Annual report of the Madras Medical College
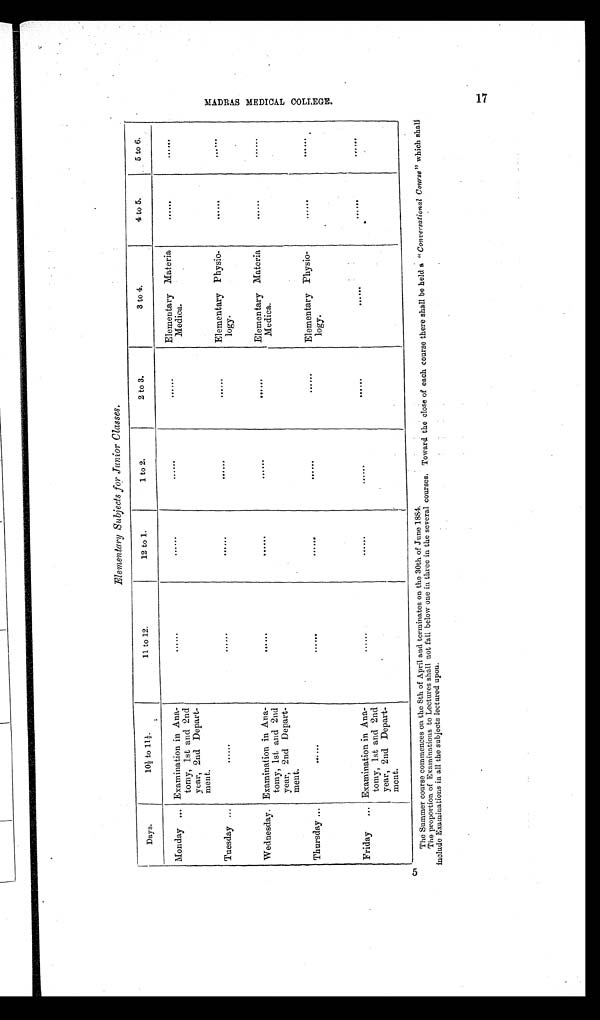
Elementary Subjects for Junior Classes.
Days.
10½ to 11,
11 to 12.
12 to 1.
1 to 2.
2 to 3.
3 to 4.
4 to 5.
5 to 6.
Monday ... Examination in Ana-
tomy, 1st and 2nd
year, 2nd Depart-
ment.
. . . . . .
. . . . . .
. . . . . .
. . . . . .
Elementary Materia
Medica.
...... ......
Tuesday
. . .
. . . . . .
. . . . . .
......
......
. . . . . .
Elementary Physio-
logy.
......
......
Wednesday. Examination in Ana-
tomy, 1st and 2nd
year, 2nd Depart-
ment.
......
. . . . . .
. . . . . .
. . . . . .
Elementary Materia
Medica.
. . . . . .
......
Thursday ...
......
. . . . . .
......
. . . . . .
......
Elementary Physio-
logy.
. . . . . .
......
Friday
. . . Examination in Ana-
tomy, 1st and 2nd
year, 2nd Depart-
ment.
. . . . . .
. . . . . .
. . . . . .
. . . . . .
. . . . . .
. . . . . .
......
5
The Summer course commences on the 8th of April and terminates on the 30th of June 1884.
The proportion of Examinations to Lectures shall not fall below one in three in the several courses. Toward the close of each course there shall be held a "Conversational Course" which shall
include Examinations in all the subjects lectured upon.
M A D R A S M E D I C A L C O L L E G E .
1 7